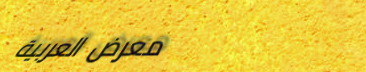
معرض العربية